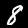
Digit: 8